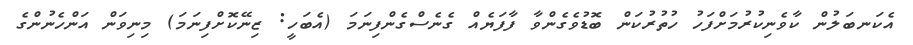
އެކަނބަލުން ކާވެނިކުރުމަށްފަހު ހުތުރުކަން ބޮޑުވެގެންވާ ފާފަޔެއް ގެނެސްގެންފިނަމަ (އެބަހީ: ޒިނޭކޮށްފިނަމަ) މިނިވަން އަންހެނުންގެ